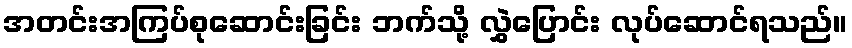
အတင်းအကြပ်စုဆောင်းခြင်း ဘက်သို့ လွှဲပြောင်း လုပ်ဆောင်ရသည်။